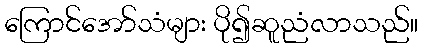
ကြောင်အော်သံများ ပို၍ဆူညံလာသည်။